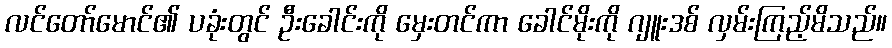
လင်တော်မောင်၏ ပခုံးတွင် ဦးခေါင်းကို မှေးတင်ကာ ခေါင်မိုးကို ဂျူးဒစ် လှမ်းကြည့်မိသည်။